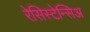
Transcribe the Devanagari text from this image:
रेसिस्टेन्सिअ